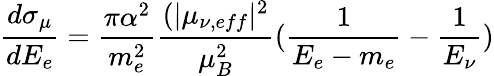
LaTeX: \frac{d\sigma_{\mu}}{dE_{e}}=\frac{\pi\alpha^{2}}{m_{e}^{2}}\frac{(|\mu_{\nu,eff}|^{2}}{\mu_{B}^{2}}(\frac{1}{E_{e}-m_{e}}-\frac{1}{E_{\nu}})